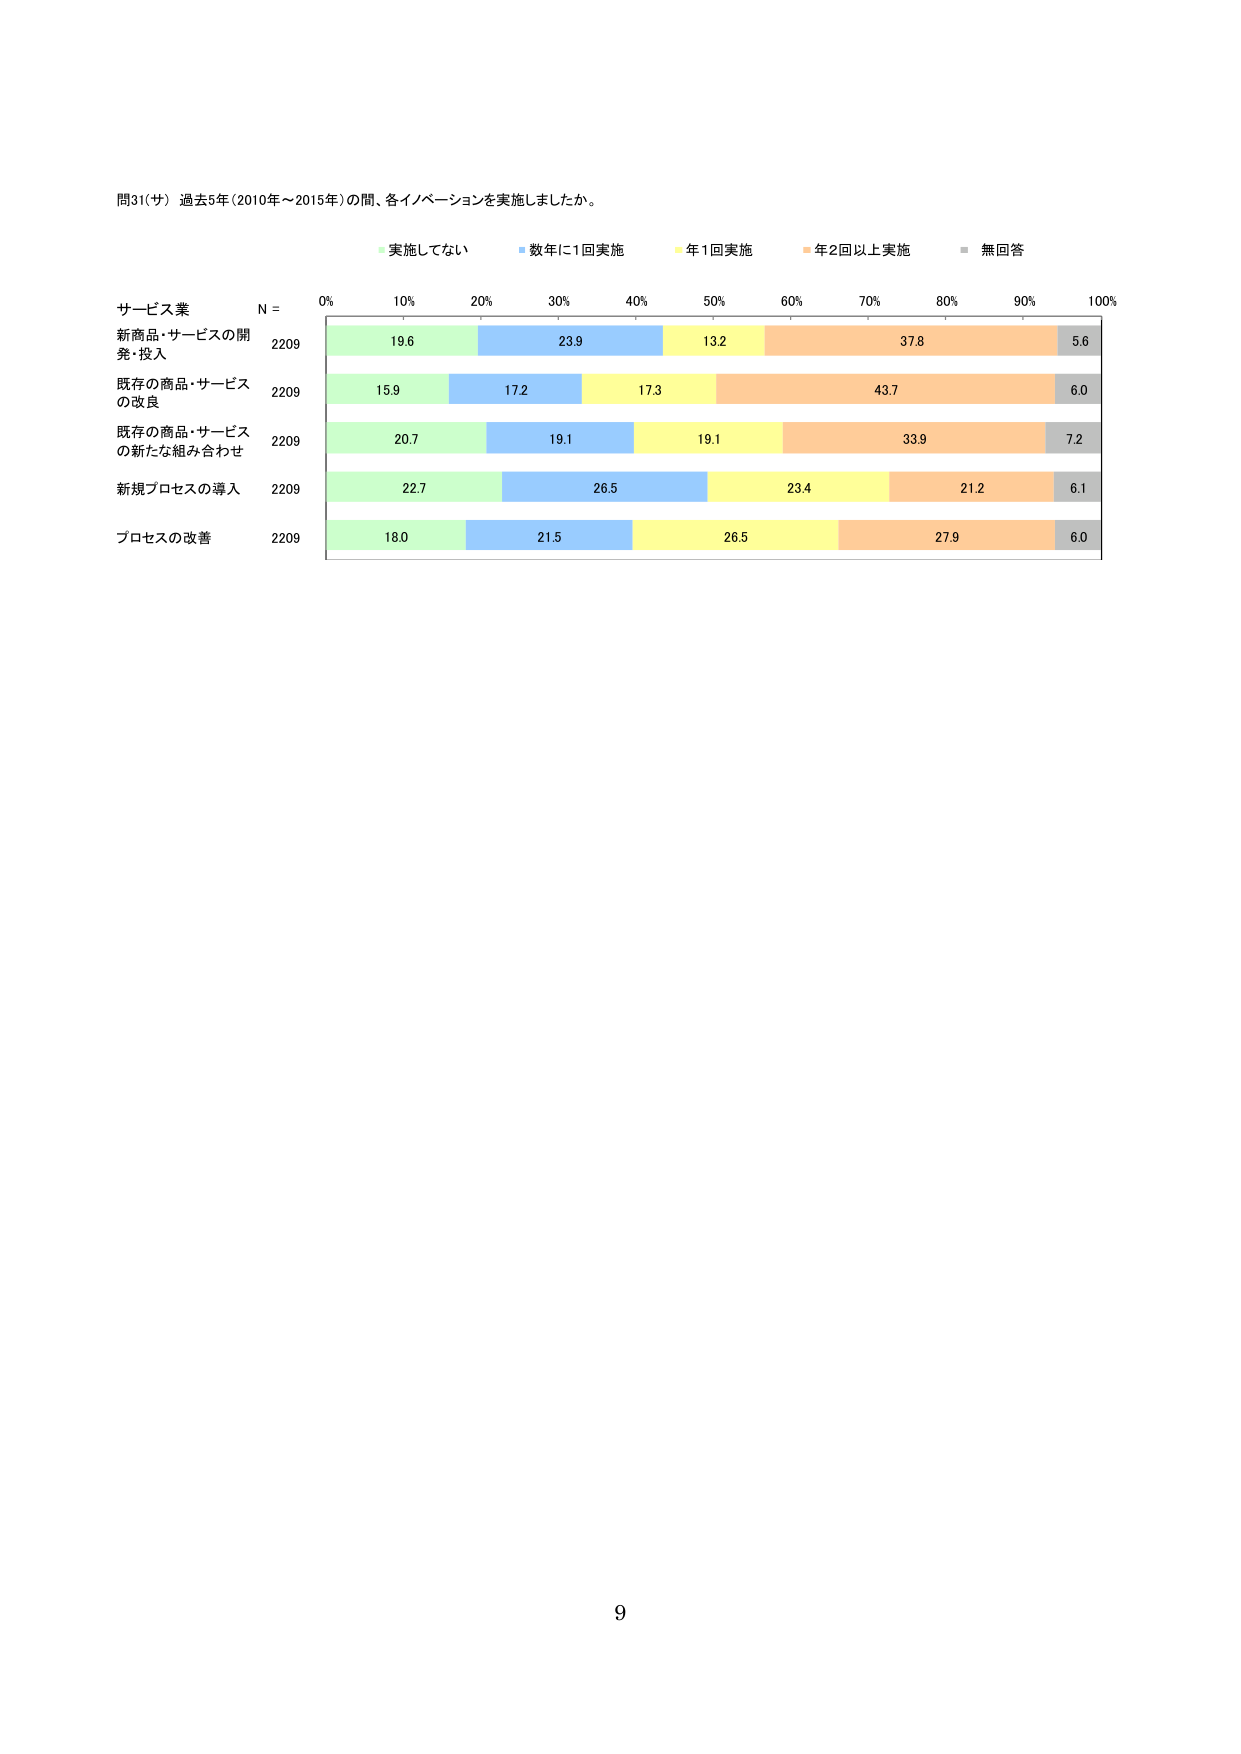
問31(サ) 過去5年(2010年～2015年)の間、各イノベーションを実施しましたか。

実施してない
数年に1回実施
年1回実施
年2回以上実施
無回答

サービス業
N = 0% 10% 20% 30% 40% 50% 60% 70% 80% 90% 100%

新商品・サービスの開発・投入 2209 19.6 23.9 13.2 37.8 5.6

既存の商品・サービスの改良 2209 15.9 17.2 17.3 43.7 6.0

既存の商品・サービスの新たな組み合わせ 2209 20.7 19.1 19.1 33.9 7.2

新規プロセスの導入 2209 22.7 26.5 23.4 21.2 6.1

プロセスの改善 2209 18.0 21.5 26.5 27.9 6.0

9